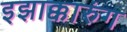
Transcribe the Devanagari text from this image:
इझाक्कारुंग